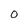
Character: O